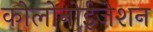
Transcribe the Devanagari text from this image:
कोलोनोईजेशन